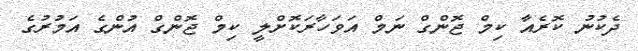
ދެކުނު ކޮރެއާ ކިމް ޖޮންގް ނަމް އަވަހާރަކޮށްލީ ކިމް ޖޮންގް އުންގެ އަމުރުގެ